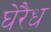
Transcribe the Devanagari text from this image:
घेरैध